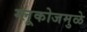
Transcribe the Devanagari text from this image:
ग्लूकोजमुळे